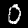
Digit: 0